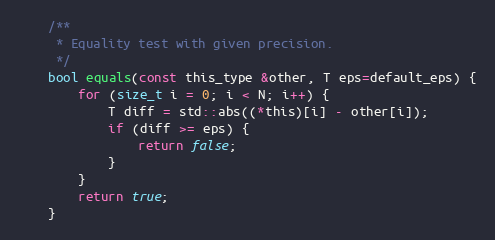
Language: C
	/**
	 * Equality test with given precision.
	 */
	bool equals(const this_type &other, T eps=default_eps) {
		for (size_t i = 0; i < N; i++) {
			T diff = std::abs((*this)[i] - other[i]);
			if (diff >= eps) {
				return false;
			}
		}
		return true;
	}